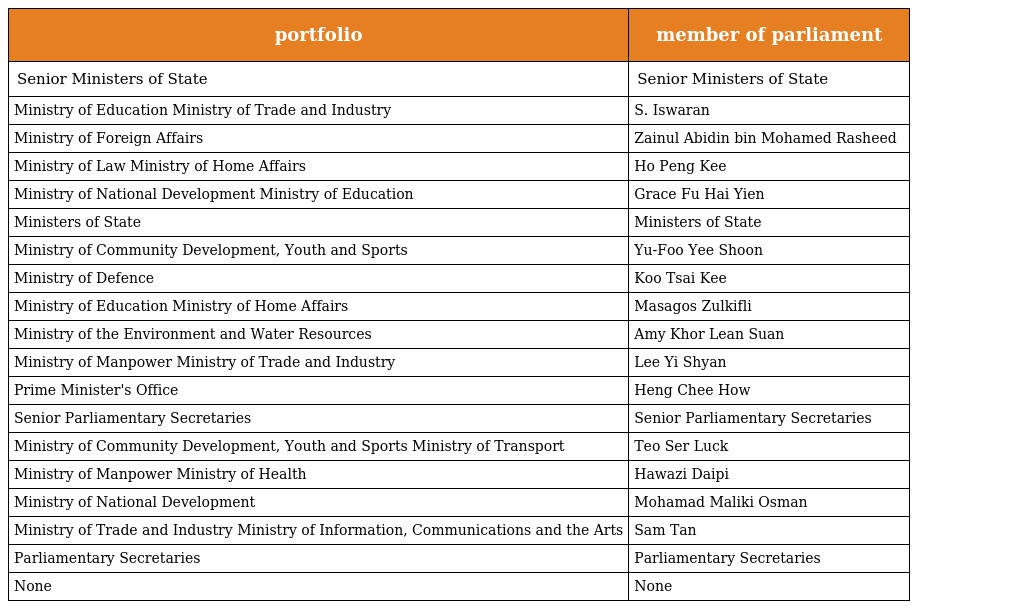
| portfolio | member of parliament |
 | --- | --- |
 | Senior Ministers of State | Senior Ministers of State |
 | Ministry of Education Ministry of Trade and Industry | S. Iswaran |
 | Ministry of Foreign Affairs | Zainul Abidin bin Mohamed Rasheed |
 | Ministry of Law Ministry of Home Affairs | Ho Peng Kee |
 | Ministry of National Development Ministry of Education | Grace Fu Hai Yien |
 | Ministers of State | Ministers of State |
 | Ministry of Community Development, Youth and Sports | Yu-Foo Yee Shoon |
 | Ministry of Defence | Koo Tsai Kee |
 | Ministry of Education Ministry of Home Affairs | Masagos Zulkifli |
 | Ministry of the Environment and Water Resources | Amy Khor Lean Suan |
 | Ministry of Manpower Ministry of Trade and Industry | Lee Yi Shyan |
 | Prime Minister's Office | Heng Chee How |
 | Senior Parliamentary Secretaries | Senior Parliamentary Secretaries |
 | Ministry of Community Development, Youth and Sports Ministry of Transport | Teo Ser Luck |
 | Ministry of Manpower Ministry of Health | Hawazi Daipi |
 | Ministry of National Development | Mohamad Maliki Osman |
 | Ministry of Trade and Industry Ministry of Information, Communications and the Arts | Sam Tan |
 | Parliamentary Secretaries | Parliamentary Secretaries |
 | None | None |